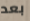
بعد